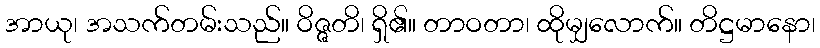
အာယု၊ အသက်တမ်းသည်။ ဝိဇ္ဇတိ၊ ရှိ၏။ တာဝတာ၊ ထိုမျှလောက်။ တိဋ္ဌမာနော၊